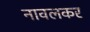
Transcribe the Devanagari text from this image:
नावलकर